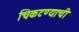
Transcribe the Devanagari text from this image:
चिकटण्याची